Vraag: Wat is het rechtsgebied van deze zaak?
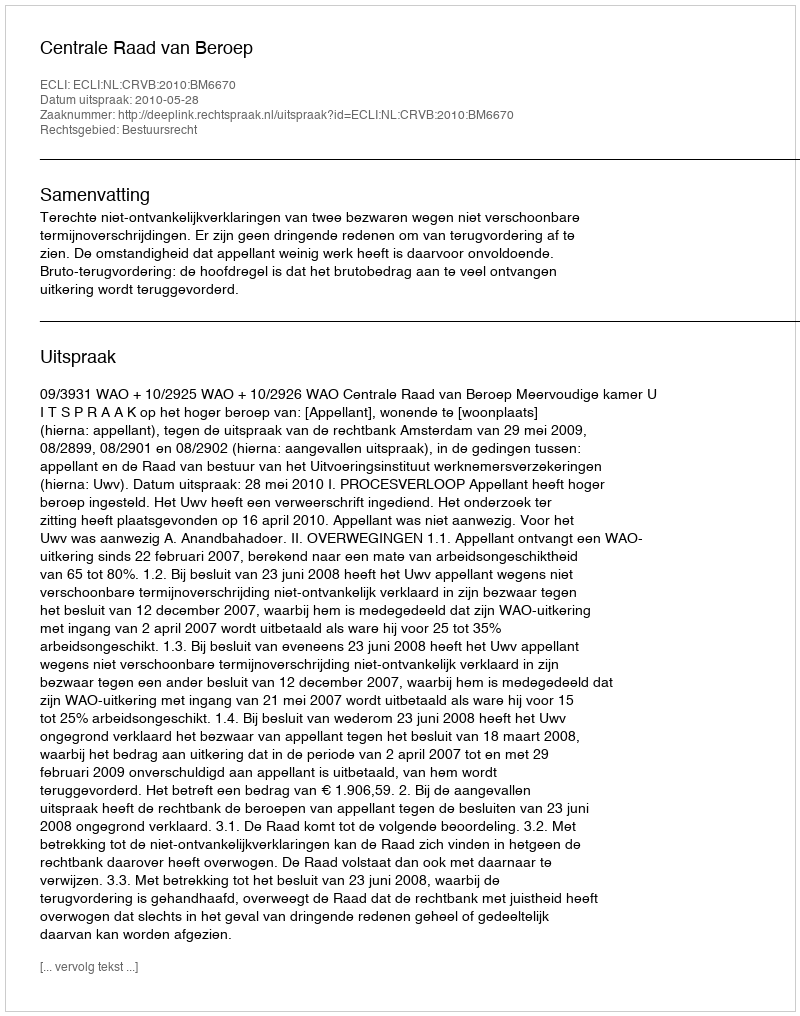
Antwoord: Bestuursrecht